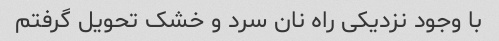
با وجود نزدیکی راه نان سرد و خشک تحویل گرفتم